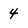
Character: 4